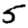
Digit: 5